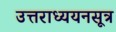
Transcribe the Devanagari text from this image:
उत्तराध्ययनसूत्र